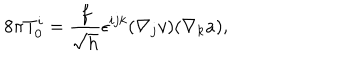
8 \pi T _ { 0 } ^ { i } = \frac { f } { \sqrt { h } } \epsilon ^ { i j k } ( \nabla _ { j } v ) ( \nabla _ { k } a ) ,